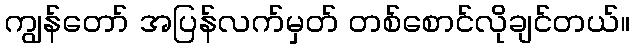
ကျွန်တော် အပြန်လက်မှတ် တစ်စောင်လိုချင်တယ်။